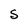
Character: S